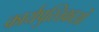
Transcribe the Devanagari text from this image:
कार्यपुस्तिकाओं